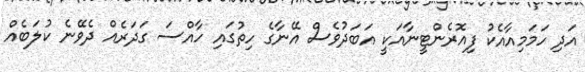
އަދި ހަމަމިއާއެކު ފިއޮރެންޓީނާއަކީ އަބަދުވެސް އޭނާގެ ހިތުގައި ހާއްސަ ގަދަރެއް ދެވޭނެ ކުލަބެއް